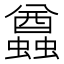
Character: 蠤